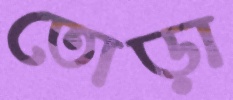
তোড়া